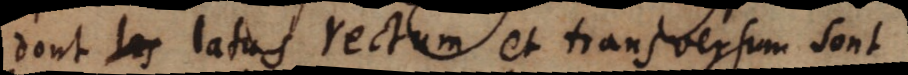
dont les latus rectum et transversum sont